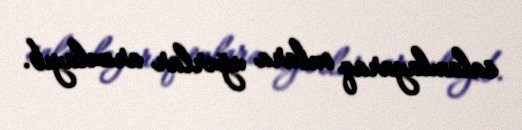
salamlayaraq onlara uğurlar arzulayıb.